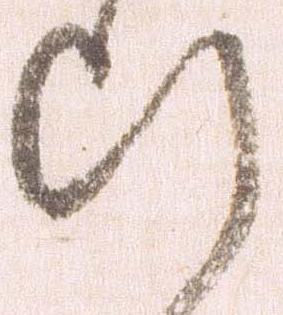
ひ